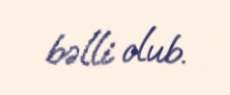
bəlli olub.